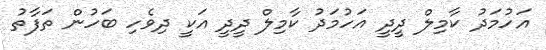
އަހުމަދު ކާމިލް ދީދީ އަހުމަދު ކާމިލް ދީދީ އަކީ ދިވެހި ބަހުން ތަފާތު